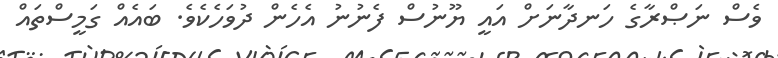
ވެސް ނަޞްރާގެ ހަނދާނަށް އައީ ޔޫނުސް ފެނުނު އެހެން ދުވަހެކެވެ. ބައެއް ގަމީސްތައް